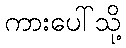
ကားပေါ်သို့